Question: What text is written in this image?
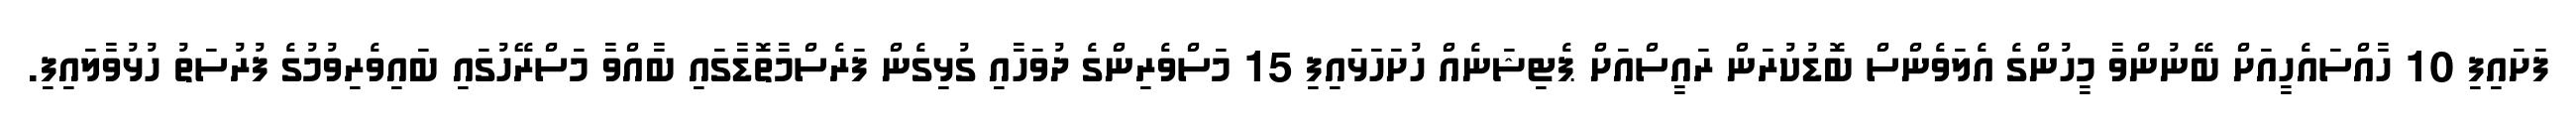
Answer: ފަށައިފި 10 ހާއްސައެހީއަށް ބޭނުންވާ މީހުންގެ އެލަވެންސް ބޮޑުކުރަން ރައީސްއަށް ޕެޓިޝަނެއް ހުށަހަޅައިފި 15 މަސްވެރިންގެ ދުވަހާއި ގުޅިގެން ފަރެސްމާތޮޑާގައި ބާއްވާ މަސްރޭހުގައި ބައިވެރިވުމުގެ ފުރުސަތު ހުޅުވާލައިފި.